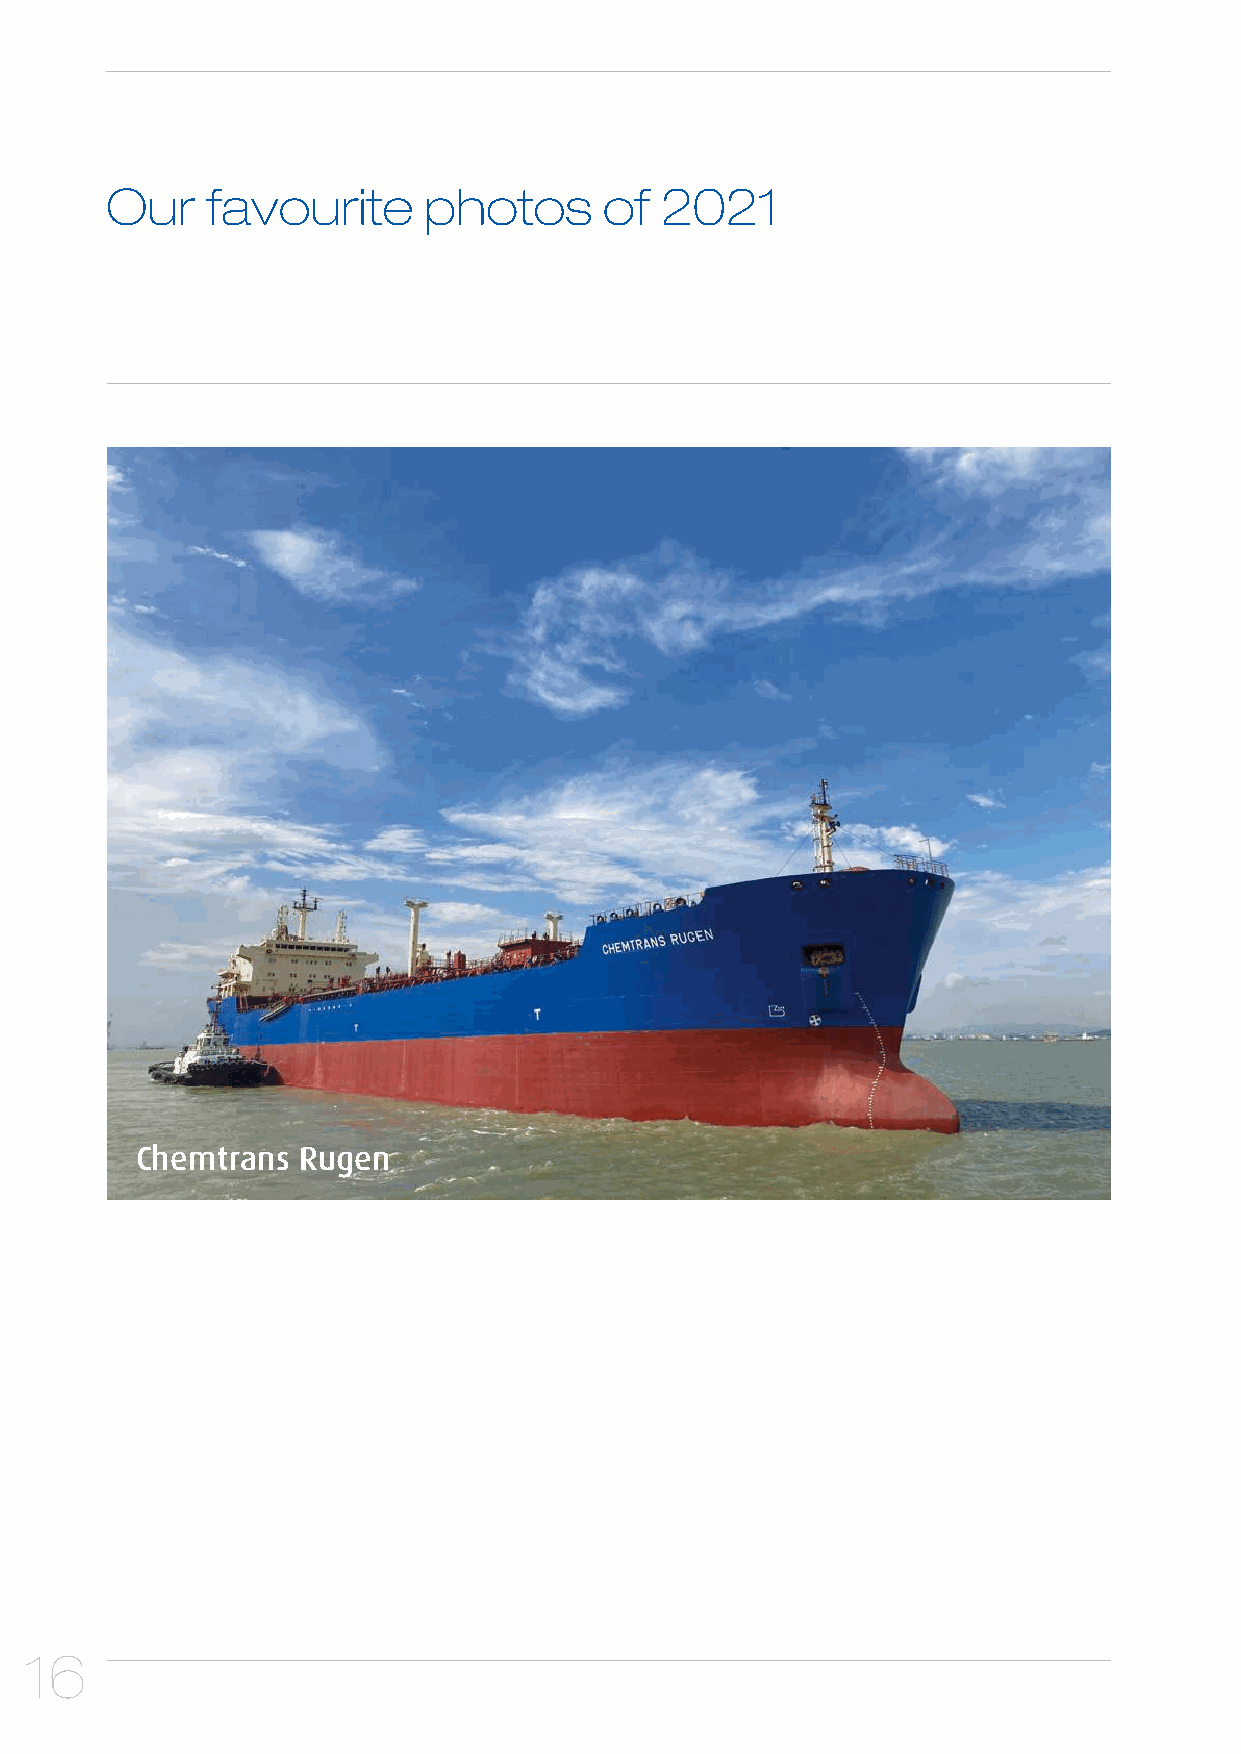
Our    favourite     photos      of  2021
 Chemtrans  Rugen
 16